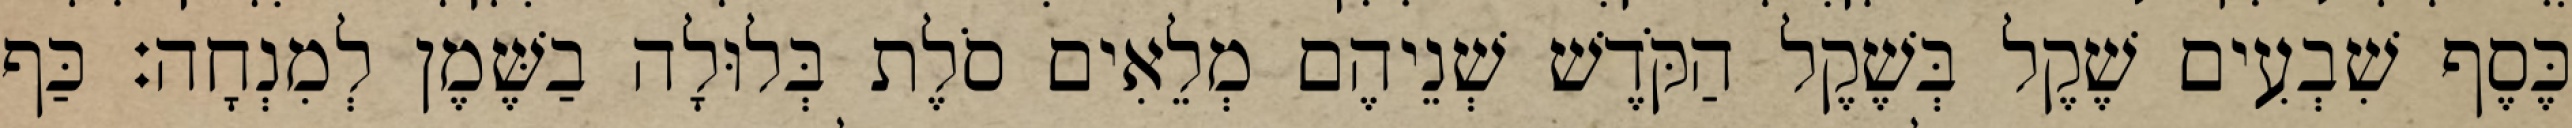
כֶּסֶף שִׁבְעִים שֶׁקֶל בְּשֶׁקֶל הַקֹּדֶשׁ שְׁנֵיהֶם מְלֵאִים סֹלֶת בְּלוּלָה בַשֶּׁמֶן לְמִנְחָה׃ כַּף